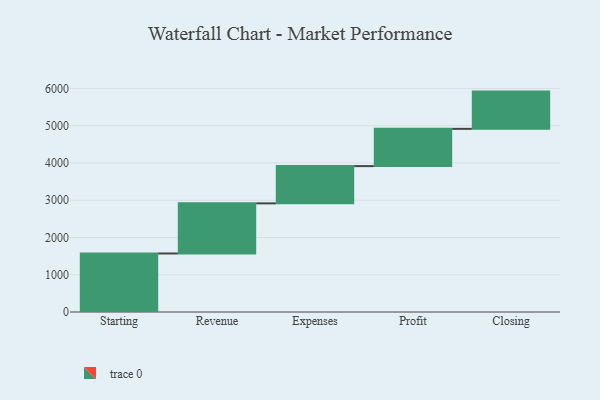
{"axis": {"x": "Step", "y": "Value"}, "legend": [""], "data": [{"x": "Starting", "y": 1571.0, "type": ""}, {"x": "Revenue", "y": 1345.0, "type": ""}, {"x": "Expenses", "y": 1000, "type": ""}, {"x": "Profit", "y": 1000, "type": ""}, {"x": "Closing", "y": 1000, "type": ""}]}